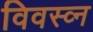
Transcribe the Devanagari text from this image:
विवस्व्न